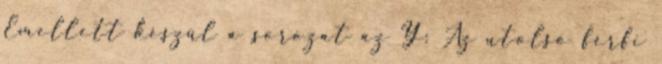
Emellett készül a sorozat az Y: Az utolsó férfi